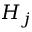
H _ { j }